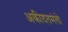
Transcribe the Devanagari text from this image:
अकीदतमंतो